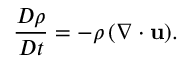
{ \frac { D \rho } { D t } } = { - \rho \left( \nabla \cdot \mathbf { u } \right) } .